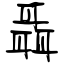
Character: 聶